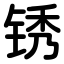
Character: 锈